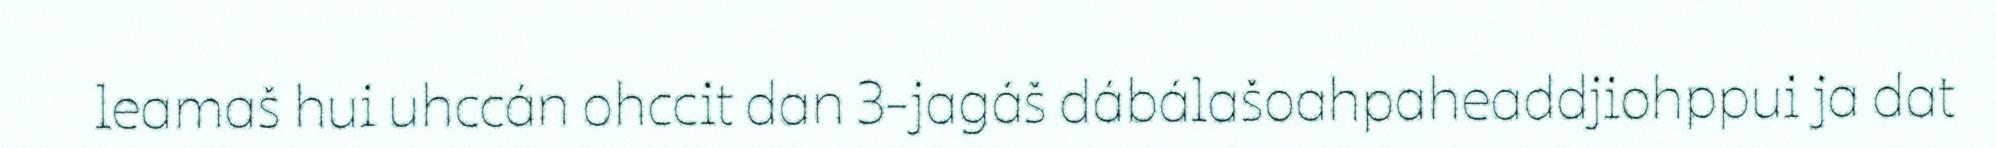
leamaš hui uhccán ohccit dan 3-jagáš dábálašoahpaheaddjiohppui ja dat